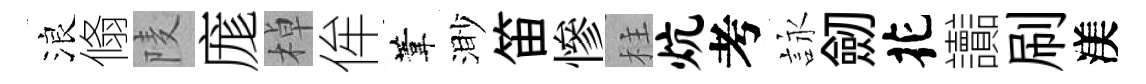
浪翛𨹧庬棹侔葦渺笛慘柱炕考詠劒花讟刷渼